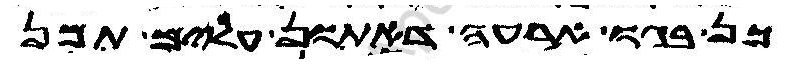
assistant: כן בגו ארעה דאתון עלים תמן